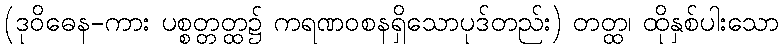
(ဒုဝိဓေန-ကား ပစ္စတ္တတ္ထ၌ ကရဏဝစနရှိသောပုဒ်တည်း) တတ္ထ၊ ထိုနှစ်ပါးသော